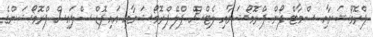
ޕްރޮމޯޝަނާއި ސްމާޓް ފޯން ޕްރޮމޯޝަނާއި ލެޓްސް ޕްލޭ ޕްރޮމޯޝަނާއި އައިޕޮޑް ސްލައިސް ޕްރޮމޯޝަންގެ